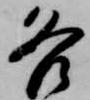
各